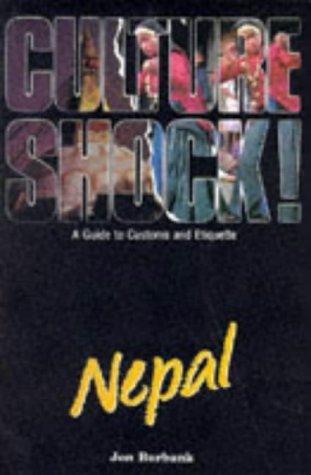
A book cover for Culture Shock! Nepal: A Guide to Customs and Etiquette; Jon Burbank; Travel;